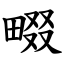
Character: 畷